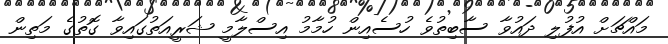
މައްޗަށް އުފުލި ދައުވާ ސާބިތުވެ ހުސެއިން ހުމާމު އިސްލާމީ ޝަރީއަތުގައިވާ ގޮތުގެ މަތިން